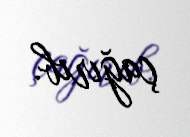
çağırıb.